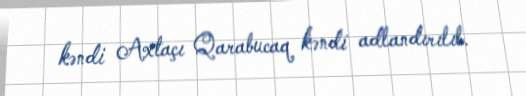
kəndi Axtaçı Qarabucaq kəndi adlandırılıb.